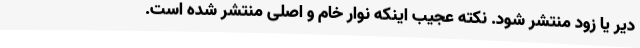
دیر یا زود منتشر شود. نکته عجیب اینکه نوار خام و اصلی منتشر شده است.